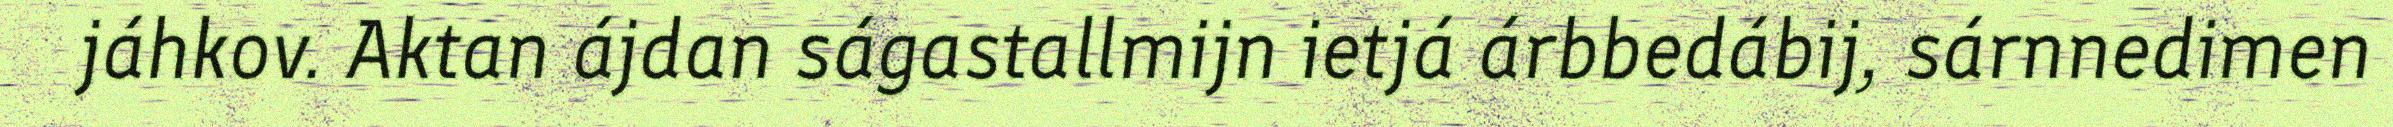
jáhkov. Aktan ájdan ságastallmijn ietjá árbbedábij, sárnnedimen